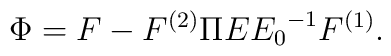
\Phi = F - F^{(2)} \Pi E {E_0}^{-1} F^{(1)}.